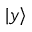
| y \rangle